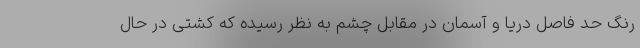
رنگ حد فاصل دریا و آسمان در مقابل چشم به نظر رسیده که کشتی در حال